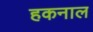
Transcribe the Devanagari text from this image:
हकनाल